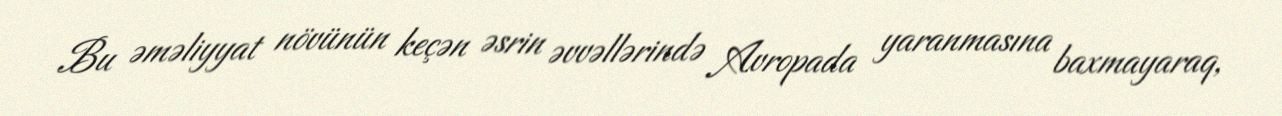
Bu əməliyyat növünün keçən əsrin əvvəllərində Avropada yaranmasına baxmayaraq,